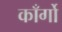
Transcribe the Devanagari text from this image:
काँर्गो